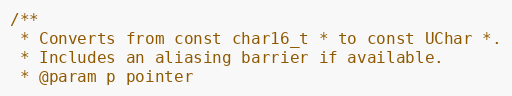
Language: C
/**
 * Converts from const char16_t * to const UChar *.
 * Includes an aliasing barrier if available.
 * @param p pointer